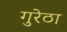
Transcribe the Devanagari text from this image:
गुरेठा